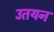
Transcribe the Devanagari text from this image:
उतयन